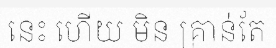
នេះ ហើយ មិន គ្រាន់តែ